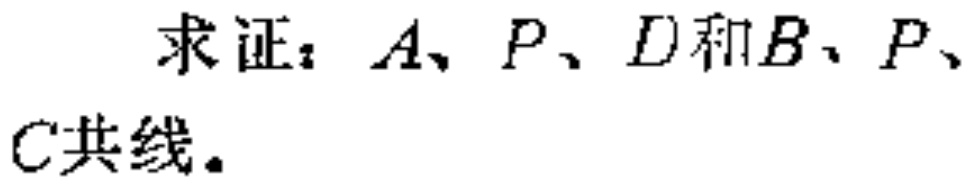
求证：\(A、P、D\)和\(B、P、C\)共线。